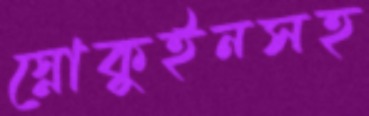
স্নোকুইনসহ